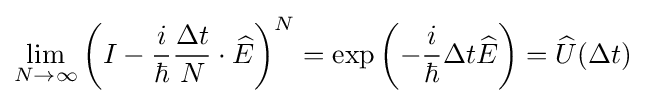
\lim _{N\to \infty }\left(I-{\frac {i}{\hbar }}{\frac {\Delta t}{N}}\cdot {\widehat {E}}\right)^{N}=\exp \left(-{\frac {i}{\hbar }}\Delta t{\widehat {E}}\right)={\widehat {U}}(\Delta t)